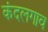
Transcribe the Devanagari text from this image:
कंदलगाव